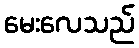
မေးလေသည်